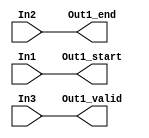
// -------------------------------------------------------------
// 
// 
// Generated by MATLAB 9.13 and HDL Coder 4.0
// 
// -------------------------------------------------------------


// -------------------------------------------------------------
// 
// Module: whdlOFDMTx_Sample_Control_Bus_Creator
// Source Path: whdlOFDMTx/Frame Generator/Data/Data Chain/Create Control Bus/Sample Control Bus Creator
// Hierarchy Level: 7
// 
// -------------------------------------------------------------

`timescale 1 ns / 1 ns

module whdlOFDMTx_Sample_Control_Bus_Creator
          (In1,
           In2,
           In3,
           Out1_start,
           Out1_end,
           Out1_valid);


  input   In1;
  input   In2;
  input   In3;
  output  Out1_start;
  output  Out1_end;
  output  Out1_valid;




  assign Out1_start = In1;

  assign Out1_end = In2;

  assign Out1_valid = In3;

endmodule  // whdlOFDMTx_Sample_Control_Bus_Creator